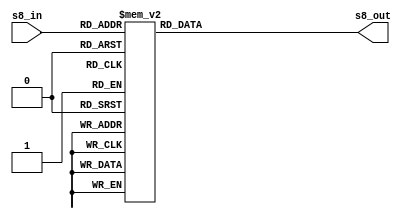
module s8
(
 input  wire  [5:0]  s8_in,
 output reg   [3:0]  s8_out
);


always @ (*)
   case(s8_in)
		6'b000000 : s8_out = 4'd13;
		6'b000001 : s8_out = 4'd1;
		6'b000010 : s8_out = 4'd2;
		6'b000011 : s8_out = 4'd15;
		6'b000100 : s8_out = 4'd8;
		6'b000101 : s8_out = 4'd13;
		6'b000110 : s8_out = 4'd4;
		6'b000111 : s8_out = 4'd8;
		6'b001000 : s8_out = 4'd6;
		6'b001001 : s8_out = 4'd10;
		6'b001010 : s8_out = 4'd15;
		6'b001011 : s8_out = 4'd3;
		6'b001100 : s8_out = 4'd11;
		6'b001101 : s8_out = 4'd7;
		6'b001110 : s8_out = 4'd1;
		6'b001111 : s8_out = 4'd4;
		6'b010000 : s8_out = 4'd10;
		6'b010001 : s8_out = 4'd12;
		6'b010010 : s8_out = 4'd9;
		6'b010011 : s8_out = 4'd5;
		6'b010100 : s8_out = 4'd3;
		6'b010101 : s8_out = 4'd6;
		6'b010110 : s8_out = 4'd14;
		6'b010111 : s8_out = 4'd11;
		6'b011000 : s8_out = 4'd5;
		6'b011001 : s8_out = 4'd0;
		6'b011010 : s8_out = 4'd0;
		6'b011011 : s8_out = 4'd14;
		6'b011100 : s8_out = 4'd12;
		6'b011101 : s8_out = 4'd9;
		6'b011110 : s8_out = 4'd7;
		6'b011111 : s8_out = 4'd2;
		6'b100000 : s8_out = 4'd7;
		6'b100001 : s8_out = 4'd2;
		6'b100010 : s8_out = 4'd11;
		6'b100011 : s8_out = 4'd1;
		6'b100100 : s8_out = 4'd4;
		6'b100101 : s8_out = 4'd14;
		6'b100110 : s8_out = 4'd1;
		6'b100111 : s8_out = 4'd7;
		6'b101000 : s8_out = 4'd9;
		6'b101001 : s8_out = 4'd4;
		6'b101010 : s8_out = 4'd12;
		6'b101011 : s8_out = 4'd10;
		6'b101100 : s8_out = 4'd14;
		6'b101101 : s8_out = 4'd8;
		6'b101110 : s8_out = 4'd2;
		6'b101111 : s8_out = 4'd13;
		6'b110000 : s8_out = 4'd0;
		6'b110001 : s8_out = 4'd15;
		6'b110010 : s8_out = 4'd6;
		6'b110011 : s8_out = 4'd12;
		6'b110100 : s8_out = 4'd10;
		6'b110101 : s8_out = 4'd9;
		6'b110110 : s8_out = 4'd13;
		6'b110111 : s8_out = 4'd0;
		6'b111000 : s8_out = 4'd15;
		6'b111001 : s8_out = 4'd3;
		6'b111010 : s8_out = 4'd3;
		6'b111011 : s8_out = 4'd5;
		6'b111100 : s8_out = 4'd5;
		6'b111101 : s8_out = 4'd6;
		6'b111110 : s8_out = 4'd8;
		6'b111111 : s8_out = 4'd11;
		
	endcase

endmodule